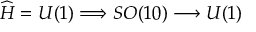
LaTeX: \widehat { H } = U ( 1 ) \Longrightarrow S O ( 1 0 ) \longrightarrow U ( 1 )